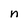
Character: n